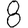
Digit: 8